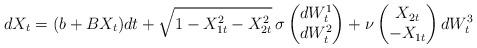
LaTeX: \begin{align*}dX_t = (b+BX_t) dt + \sqrt{1-X_{1t}^2-X_{2t}^2}\, \sigma \begin{pmatrix} dW^1_t \\ dW^2_t \end{pmatrix} + \nu \begin{pmatrix} X_{2t} \\ - X_{1t} \end{pmatrix} dW^{3}_t\end{align*}